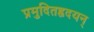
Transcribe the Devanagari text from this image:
प्रमुदितहृदयन्